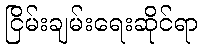
ငြိမ်းချမ်းရေးဆိုင်ရာ